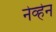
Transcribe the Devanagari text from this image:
नेव्हेन